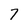
Character: 7